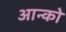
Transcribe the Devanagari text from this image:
आन्को